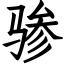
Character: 骖